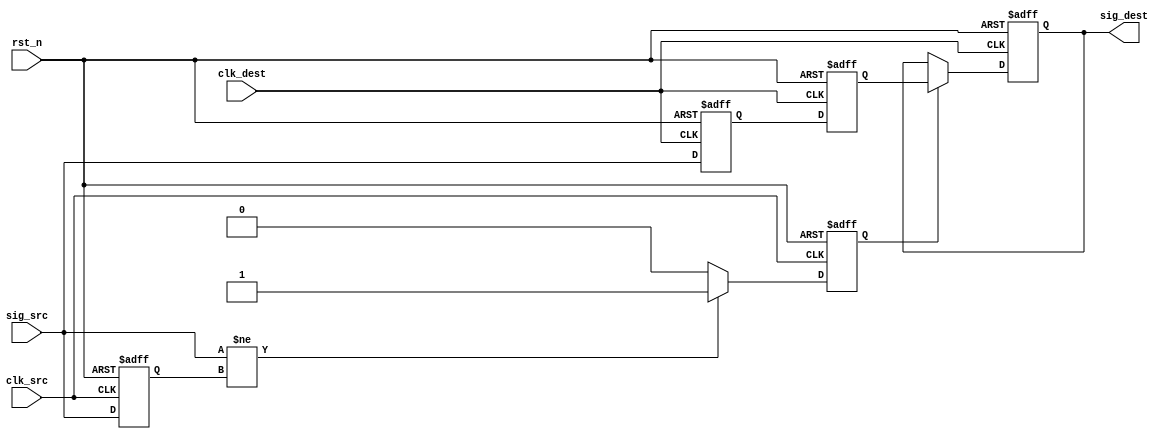
module pulsed_synchronizer #(
    parameter WIDTH = 1  // Width of input signal
)(
    input wire [WIDTH-1:0] sig_src,      // Input signal from the source clock domain
    input wire clk_src,                   // Source clock
    input wire clk_dest,                  // Destination clock
    input wire rst_n,                     // Active low reset
    output reg [WIDTH-1:0] sig_dest       // Synchronized output signal
);

    reg [WIDTH-1:0] sig_src_d1;           // First flip-flop output
    reg [WIDTH-1:0] sig_src_d2;           // Second flip-flop output
    reg pulse;                             // Pulse signal

    // Pulse generator logic
    reg sig_src_prev;                     // Previous state of the input signal

    always @(posedge clk_src or negedge rst_n) begin
        if (!rst_n) begin
            sig_src_prev <= 1'b0;
        end else begin
            sig_src_prev <= sig_src;
        end
    end

    always @(posedge clk_src or negedge rst_n) begin
        if (!rst_n) begin
            pulse <= 1'b0;
        end else begin
            pulse <= (sig_src != sig_src_prev) ? 1'b1 : 1'b0; // Generate pulse on signal change
        end
    end

    // Sampling the input signal on destination clock
    always @(posedge clk_dest or negedge rst_n) begin
        if (!rst_n) begin
            sig_src_d1 <= {WIDTH{1'b0}};
            sig_src_d2 <= {WIDTH{1'b0}};
            sig_dest <= {WIDTH{1'b0}};
        end else begin
            sig_src_d1 <= sig_src;              // Capture signal in the first flip-flop
            sig_src_d2 <= sig_src_d1;           // Capture signal in the second flip-flop
            if (pulse) begin
                sig_dest <= sig_src_d2;         // Update output only if pulse is high
            end
        end
    end

endmodule